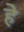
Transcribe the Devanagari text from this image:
हे